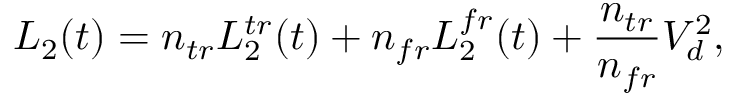
L _ { 2 } ( t ) = n _ { t r } L _ { 2 } ^ { t r } ( t ) + n _ { f r } L _ { 2 } ^ { f r } ( t ) + \frac { n _ { t r } } { n _ { f r } } V _ { d } ^ { 2 } ,